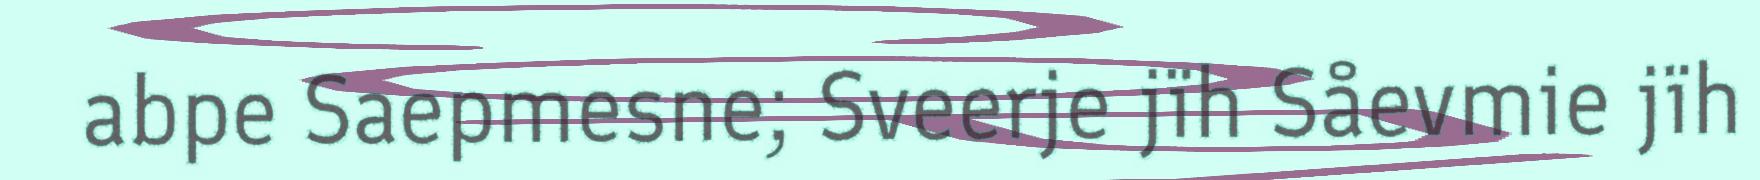
abpe Saepmesne; Sveerje jïh Såevmie jïh